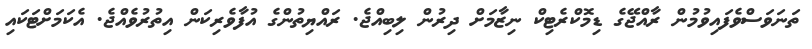
ތަނަވަސްވެފައިވުމުން ރާއްޖޭގެ ޑިމޮކްރެޓިކް ނިޒާމަށް ދިރުން ލިބިއްޖެ. ރައްޔިތުންގެ އުފާވެރިކަން އިތުރުވެއްޖެ. އެކަމަށްޓަކައި